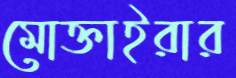
মোক্তাইরার